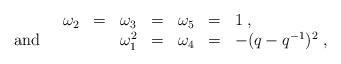
LaTeX: \begin{align*}\begin{array}{rllllll}\omega_{2}&=&\omega_{3}&=&\omega_{5}&=&1\;,\\\mbox{and}\hspace{10mm}&&\omega_{1}^{2}&=&\omega_{4}&=&-(q-q^{-1})^{2}\;,\end{array}\end{align*}